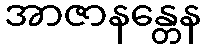
အာဇာနန္တေန